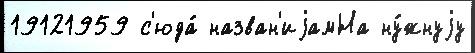
19121959 с'юда́ назван'иjамНа ну́жнуjу